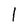
Character: 1